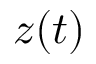
z ( t )